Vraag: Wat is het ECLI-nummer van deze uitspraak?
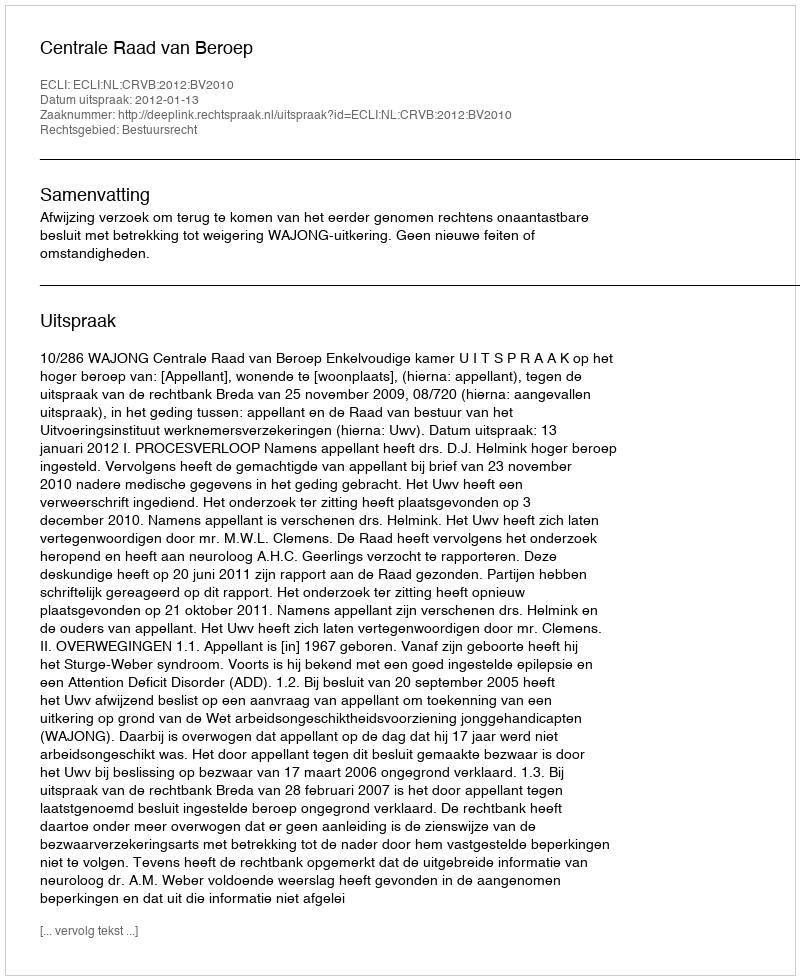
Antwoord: ECLI:NL:CRVB:2012:BV2010